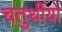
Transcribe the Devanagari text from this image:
चतुर्थीयों